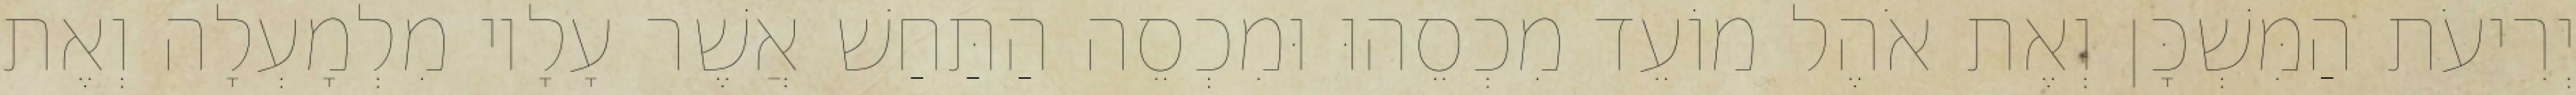
יְרִיעֹת הַמִּשְׁכָּן וְאֶת אֹהֶל מוֹעֵד מִכְסֵהוּ וּמִכְסֵה הַתַּחַשׁ אֲשֶׁר עָלָיו מִלְמָעְלָה וְאֶת